Leningradi_Edasi_toimetus, lk 5
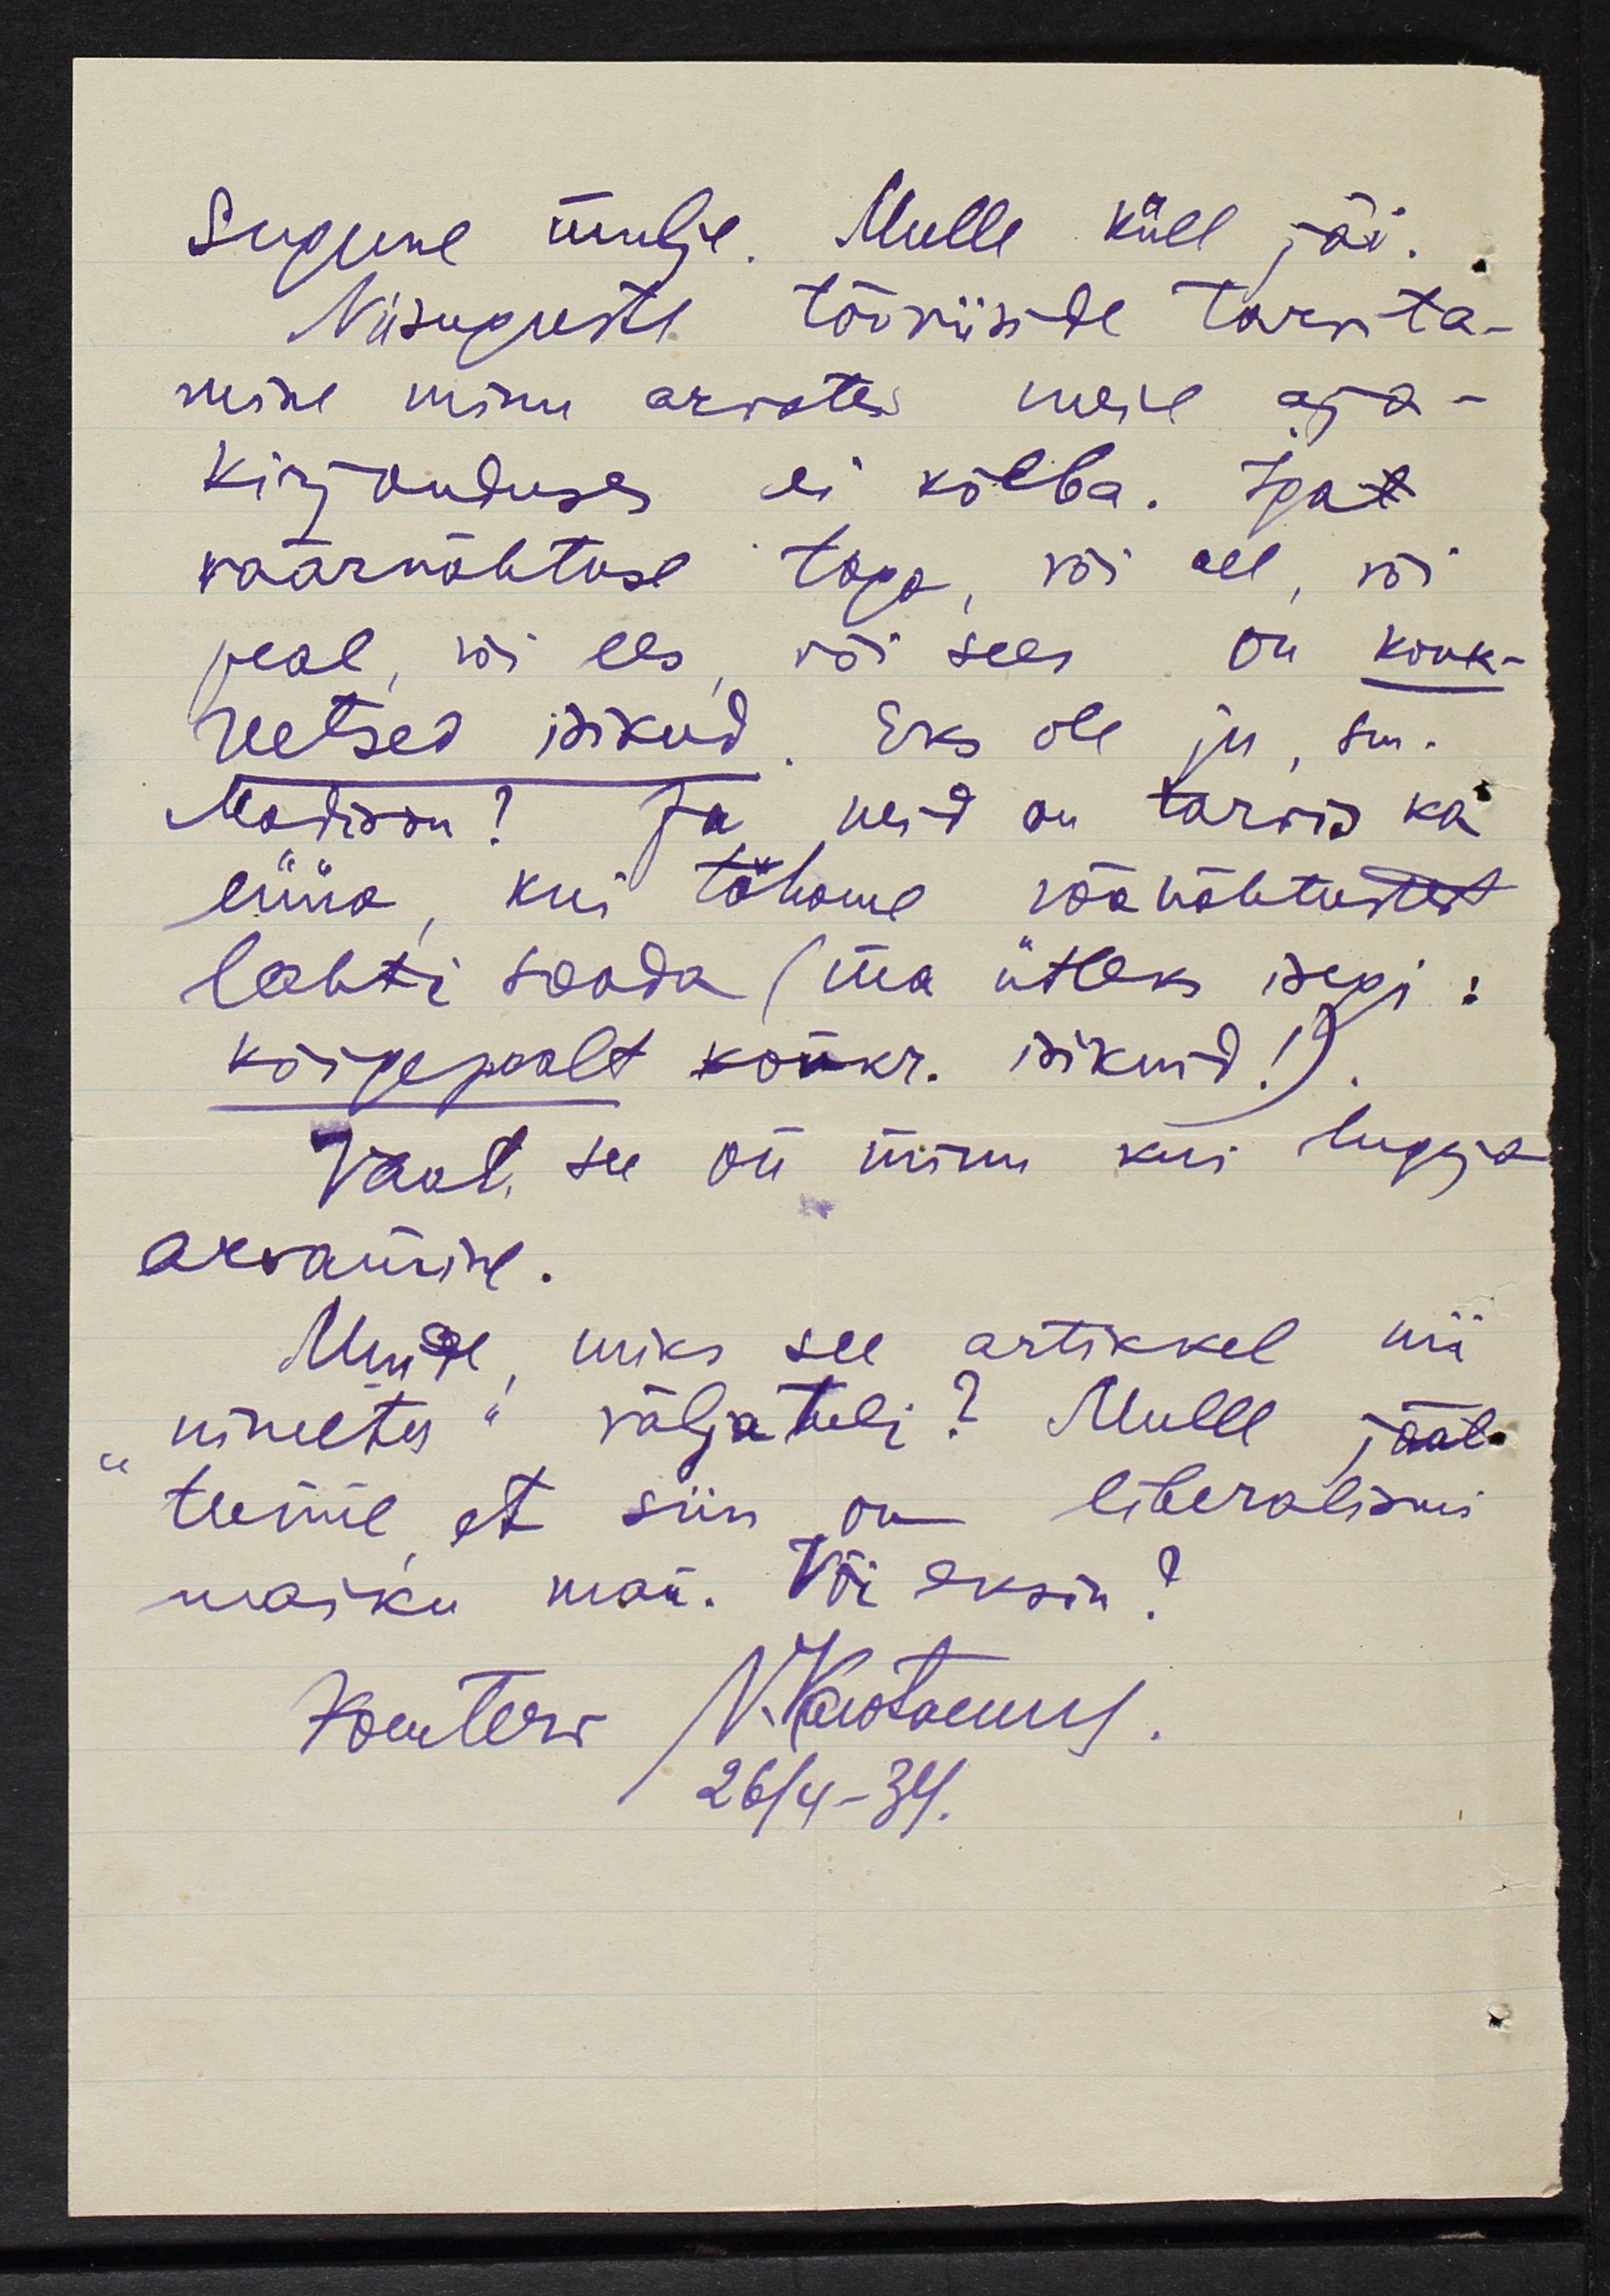
Sugune mulje. Mulle küll jäi.
Niisuguste tööriisite tarvita-
mine minu arvates meil aja-
kirjanduses ei kõlba. Igat
väärnähtuse taga, või all, või
peal, või ees või sees on konk-
reetsed isikud. Eks ole ju, sm.
Madison? Ja neid on tarvis ka
lüüa, kui tahame wõõrnähtustest
lahti saada (ma ütleks isegi:
kõigepealt konk. isikuid! )
Vaat, see on minu kui lugeja
arvamine.
Muide, miks see artikkel nii
nimeta" väljatuli? Mulle jääb
tunne, et siin on liberalismi
maiku man. Või eksin?
Komiterm N. Karotamm
26/4-34.